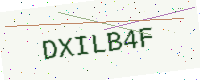
Text: DXILB4F